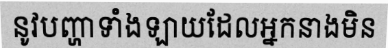
នូវបញ្ហាទាំងឡាយដែលអ្នកនាងមិន